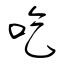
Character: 吃